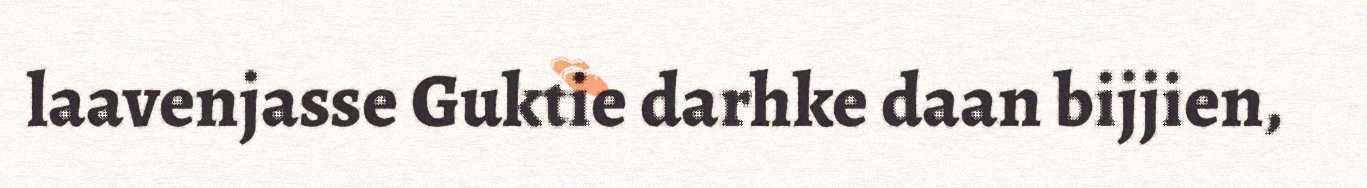
laavenjasse Guktie darhke daan bijjien,